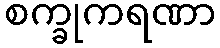
စက္ခုကရဏာ